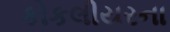
કોકલીયરના